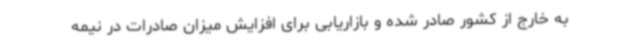
به خارج از کشور صادر شده و بازاریابی برای افزایش میزان صادرات در نیمه